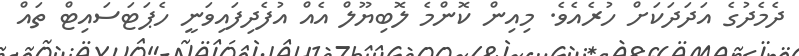
ދެމެދުގެ އަދަދަކަށް ހުރެއެވެ. މިއިން ކޮންމެ ލޮބިޔޫލް އެއް އުފެދިފައިވަނީ ހެޕަޓަސައިޓް ތައް